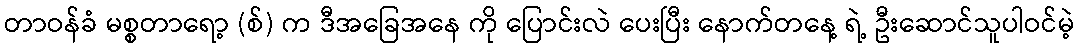
တာဝန်ခံ မစ္စတာရော့ (စ်) က ဒီအခြေအနေ ကို ပြောင်းလဲ ပေးပြီး နောက်တနေ့ ရဲ့ ဦးဆောင်သူပါဝင်မဲ့